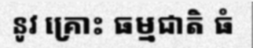
នូវ គ្រោះ ធម្មជាតិ ធំ